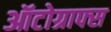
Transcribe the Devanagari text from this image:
ऑटोग्राफ्स